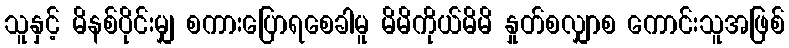
သူနှင့် မိနစ်ပိုင်းမျှ စကားပြောရစေခါမူ မိမိကိုယ်မိမိ နှုတ်စလျှာစ ကောင်းသူအဖြစ်